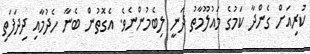
ކުރިއަށް ގެންދާ ކަމުގެ މައުލޫމާތު ދަނީ ލިބެމުންނެވެ. އެގޮތުން ބެނާ ހެދުމާއި ދިދަފަތި